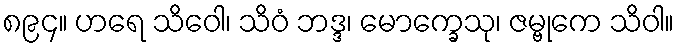
၈၉၄။ ဟရေ သိဝေါ၊ သိဝံ ဘဒ္ဒ၊ မောက္ခေသု၊ ဇမ္ဗုကေ သိဝါ။